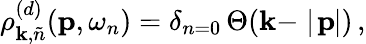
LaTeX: \rho_{\mathbf{k},\tilde{{n}}}^{(d)}({\mathbf{p}},\omega_{n})=\delta_{n=0}\, \Theta(\mathbf{k}-\mid\! {\mathbf{p}}\! \! \mid)\, ,